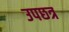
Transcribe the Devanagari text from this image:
उपछत्र